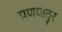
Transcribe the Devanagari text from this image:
प्रणयातुर